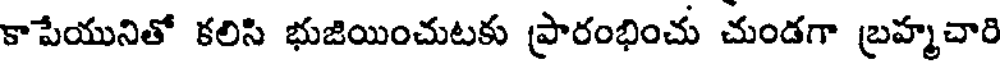
కాపేయునితో కలిసి భుజియించుటకు ప్రారంభించు చుండగా బ్రహ్మచారి